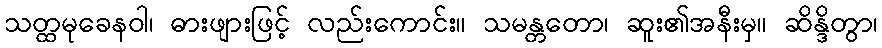
သတ္ထမုခေနဝါ၊ ဓားဖျားဖြင့် လည်းကောင်း။ သမန္တတော၊ ဆူး၏အနီးမှ။ ဆိန္ဒိတွာ၊